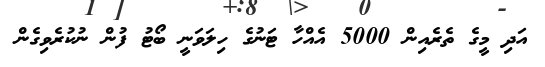
އަދި މީގެ ތެރެއިން 5000 އެއްހާ ޓަނުގެ ހިލަވަނީ ބޯޓު ފުން ނުކުރެވިގެން